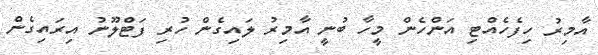
އާމިރު ހިފެހެއްޓި އަންހެން މީހާ ބުނީ އާމިރު ލައިގެން ހުރި ފަޓްލޫނު އިރައިގެން